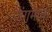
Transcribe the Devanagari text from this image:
जंगमाची